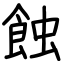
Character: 蝕